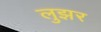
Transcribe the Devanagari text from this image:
लुझर